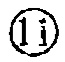
\(1i\)